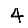
Digit: 4